Annual report of the Madras Medical College
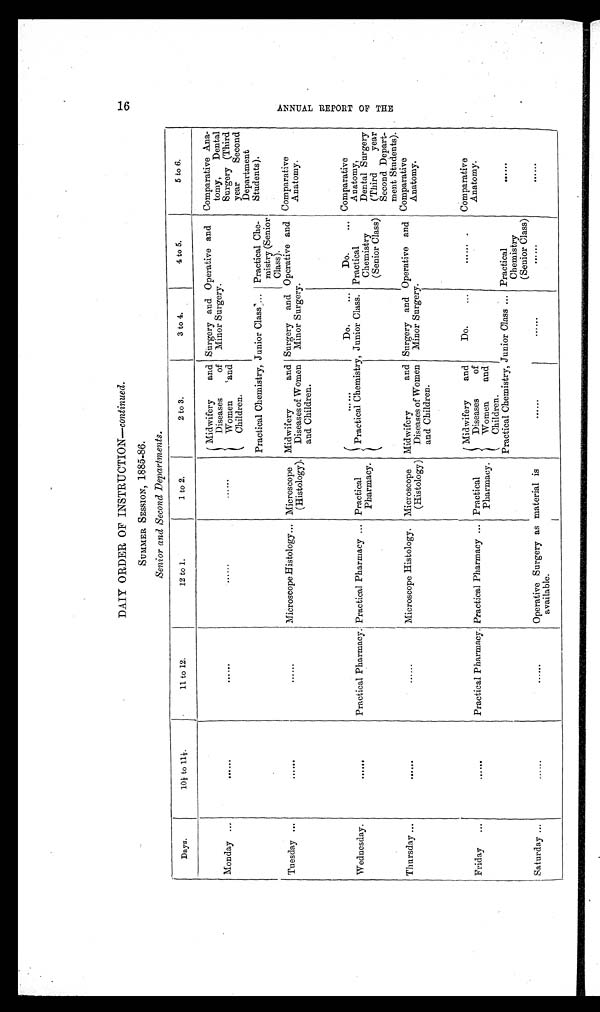
DAIY ORDER OF INSTRUCTION— continued.
SUMMER SESSION, 1885-86.
Senior and Second Departments.
Days.
10½ to 11½.
11 to 12.
12 to 1.
1 to 2.
2 to 3.
3 to 4.
4 to 5.
5 to 6.
Monday ...
. . . . . .
. . . . . .
. . . . . .
......
Midwifery and
D i s e a s e s o f
Women
and
Children.
Surgery and Operative and
Minor Surgery.
Comparative Ana-
tomy, Dental
Surgery (Third
year Second
Department
Students).
Practical Chemistry, Junior Class... Practical Che-
mistry (Senior
Class).
Tuesday ...
. . . . . .
. . . . . .
Microscope Histology... Microscope
( Histology).
Midwifery
and
Diseases of Women
and Children.
Surgery and Operative and
Minor Surgery.
Comparative
Anatomy.
Wednesday.
. . . . . .
Practical Pharmacy. Practical Pharmacy ... Practical
Pharmacy.
. . . . . .
Do. ...
Do. ... Comparative
Anatomy,
Dental Surgery
( T h i r d y e a r
Second Depart-
ment Students).
Practical Chemistry, Junior Class. Practical
Chemistry
(Senior Class)
Thursday ...
. . . . . .
. . . . . .
Microscope Histology. Microscope
(Histology)
Midwifery and
Diseases of Women
and Children.
Surgery and Operative and
Minor Surgery.
Comparative
Anatomy.
Friday ...
. . . . . .
Practical Pharmacy. Practical Pharmacy ... Practical
Pharmacy.
Midwifery and
Diseases of
Women and
Children.
Do. ...
. . . . . .
Comparative
Anatomy.
Practical Chemistry Junior Class ... Practical
Chemistry
(Senior Class)
......
Saturday ...
. . . . . .
. . . . . .
Operative Surgery as material is
available.
. . . . . .
. . . . . .
. . . . . .
. . . . . .
16
A N N U A L R E P O R T O F T H E